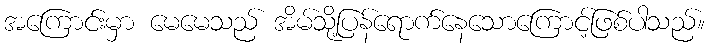
အကြောင်းမှာ မေမေသည် အိမ်သို့ပြန်ရောက်နေသောကြောင့်ဖြစ်ပါသည်။